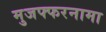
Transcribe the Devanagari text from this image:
मुजफ्फरनामा